Report of the Municipal Commissioner on the plague in Bombay for the year ending 31st May... - Volume 1
Disease focus: Plague
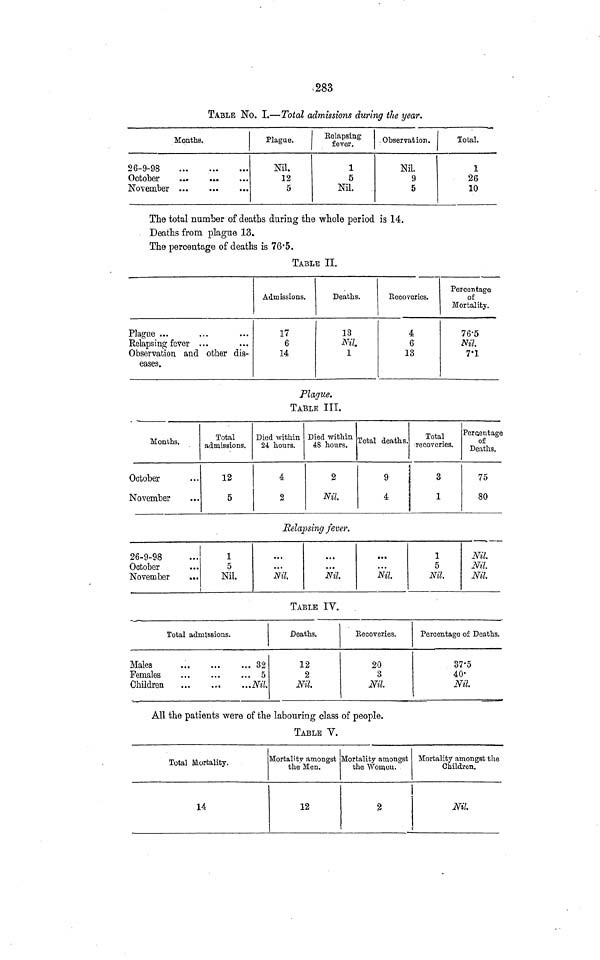
283
TABLE No. I.—Total admissions during the year.
Months.
26-9-98
October
..
November
Plague.
Nil.
12
5
Relapsing
fever.
1
5
Nil.
Observation.
Nil.
9
5
Total.
1
26
10
The total number of deaths during the whole period is 14.
Deaths from plague 13.
The percentage of deaths is 76.5.
TABLE II.
Plague ...
Relapsing fever ...
Observation and other dis-
eases.
Admissions.
17
6
14
Deaths.
13
Nil.
1
Eecoveries.
4
6
13
Percentage
of
Mortality.
76.5
Nil.
7.1
Plague.
TABLE III.
Months.
October
November
Total
admissions.
12
5
Died within
24 hours.
4
2
Died within
48 hours.
2
Nil.
Total deaths.
9
4
Total
recoveries.
3
1
Percentage
of
Deaths.
75
80
Relapsing fever.
26-9-98
October
November
5
Nil.
...
Nil.
...
Nil.
...
Nil
1
5
Nil
Nil.
Nil.
Nil
TABLE IY.
Total admissions.
Males
Females
Children
... 32
... 5
...Nil
Deaths.
12
2
Nil
Eecoveries.
20
3
Nil.
Percentage of Deaths.
37.5
40.
Nil.
All the patients were of the labouring class of people.
TABLE V.
Total Mortality.
14
Mortality amongst
the Men.
12
Mortality amongst
the Women.
2
Mortality amongst the
Children.
Nil